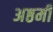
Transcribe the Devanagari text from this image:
अष्ठमी